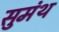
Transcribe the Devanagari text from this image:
सुमंथ